Annual report on the working of the mental hospitals in the Madras Presidency - 1912-1932
Year: 1912
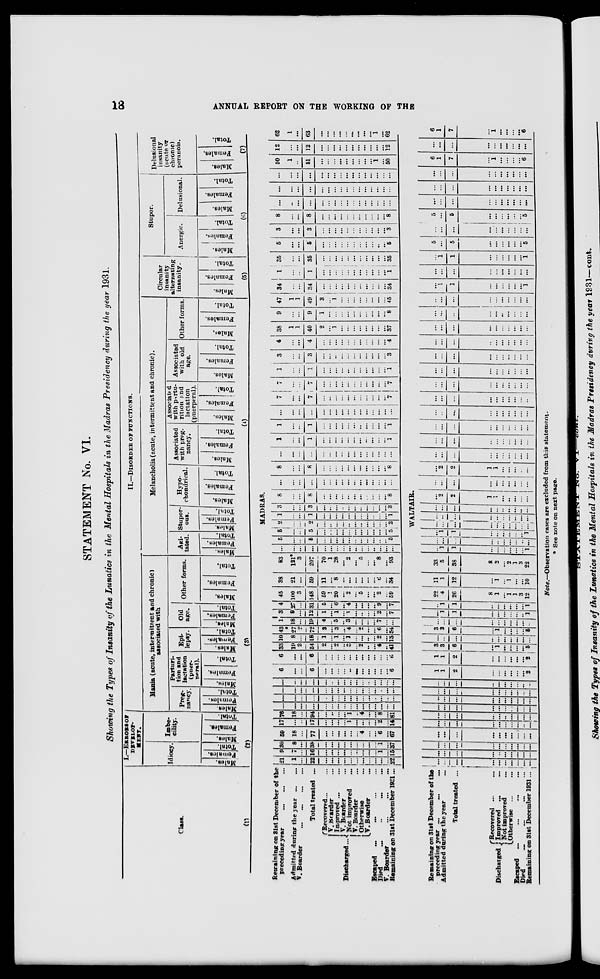
18
ANNUAL REPORT ON THE WORKING OF THE
STATEMENT No. VI.
Showing the Types of Insanity of the Lunatics in the Mental Hospitals in the Madras Presidency during the year 1931.
Class.
(1)
I.—ERRORS OF
DEVELOP-
MENT.
Idiocy.
Males.
Females.
Total.
Imbe-
cility.
Males.
Females.
Total.
(2)
II.—DISORDER
OF
FUNCTIONS.
Mania (acute, intermittent and chronic)
associated with
Preg-
nancy.
Males.
Females.
Total.
Parturi-
tion and
lactation
(puer-
peral).
Males.
Females.
Total.
Epi-
lepsy.
Males.
Females.
Total.
Old
age.
Males.
Females.
Total.
Other forms.
Males.
Females.
Total.
(3)
Melancholia (acute, intermittent and chronic).
Agi-
tated.
Males.
Females.
Total.
Stupor-
ous.
Males.
Females.
Total.
Hypo-
chondrical.
Males.
Females.
Total.
Associated
with preg-
nancy.
Males.
Females.
Total.
Associated
with partu-
rition and
lactation
(puerperal).
Males.
Females.
Total.
Associated
with old
age.
Males.
Females.
Total.
Other forms.
Males.
Females.
Total.
(4)
Circular
insanity
alternating
insanity.
Males.
Females.
Total.
(5)
Stupor.
Anergic.
Males.
Females.
Total.
Delusional.
Males.
Females.
Total.
(6)
Delusional
insanity
(acute or
chronic)
peranoia.
Males.
Females.
Total.
(7)
MADRAS.
Remaining on 31st December of the
preceding year
...
...
...
Admitted during the year ...
...
V. Boarder ... ... ... ...
Total treated ...
Discharged...
Recovered ... ...
V. Boarder ...
Improved ... ...
V. Boarder ...
Not improved ...
V. Boarder
....
Otherwise
...
V. Boarder ...
Escaped
...
...
...
...
...
Died
...
...
...
...
V. Boarder
...
...
...
Remaining on 31st December 1931...
21
1
...
22
...
...
...
...
...
...
...
...
...
...
...
22
9
7
...
16
...
...
...
...
...
...
...
...
...
1
...
15
30
8
...
38
...
...
....
...
...
...
...
...
...
1
.. .
37
59
18
...
77
...
...
...
...
...
...
4
...
...
6
...
67
17
...
...
17
...
...
...
...
1
...
...
...
...
2
...
14
76
18
...
94
...
...
...
...
1
...
4
...
...
8
...
81
...
...
...
...
...
...
...
...
...
...
...
...
...
...
...
...
...
...
...
...
...
...
...
...
...
...
...
...
...
...
...
...
...
...
...
...
...
. ..
. ..
...
...
...
...
...
...
...
...
...
...
...
...
...
...
...
...
...
...
...
...
...
...
...
...
...
6
...
...
6
...
. ..
...
...
...
...
...
...
...
. ..
. ..
6
6
...
...
6
...
...
...
...
...
...
...
. ..
...
...
...
6
33
19
2
54
2
...
2
... 2
...
2
...
...
4
..
41
10
8
...
18
1
...
1
...
1
...
...
...
...
2
...
13
43
27
2
72
3
...
3
...
4
...
2
...
...
6
. ..
54
1
18
...
19
4
...
5
...
3
...
...
...
...
7
...
...
3
9
...
12
1
...
1
...
1
...
...
...
...
2
. ..
7
4
27
...
31
5
...
6
...
4
...
...
...
...
9
...
7
45
100
3
148
59
1
20
...
2
5
...
...
2
...
59
38
21
...
59
11
. ..
8
...
...
...
...
...
...
6
...
34
83
121
3
207
70
1
28
... 2
...
5
...
...
8
...
93
...
...
...
...
...
...
...
...
...
...
...
...
...
...
...
...
5
...
...
5
...
...
...
...
...
...
...
...
...
...
...
5
5
...
...
5
...
...
....
...
...
...
...
. ..
...
. ..
. ..
5
2 ...
...
2
...
...
...
...
...
...
...
...
...
...
...
2
1
...
...
1
...
...
...
...
...
...
...
...
...
...
...
1
3
...
...
3
...
...
...
...
...
...
...
...
...
...
...
3
8
...
...
8
...
...
...
...
...
...
...
...
...
...
...
8
...
...
...
...
...
...
...
...
...
...
...
...
...
...
...
...
8
...
...
8
...
...
...
...
...
...
...
...
...
...
...
8
...
...
...
...
...
...
...
...
...
...
...
...
...
...
...
...
1
...
...
1
...
...
...
...
...
...
...
...
...
...
...
1
1
...
...
1
...
...
...
...
...
...
...
...
...
...
. ..
1
...
...
...
...
...
...
...
... ...
...
...
...
...
...
...
...
7
...
...
7
...
...
...
...
...
...
...
...
...
...
...
7
7
...
...
7
...
...
...
... ...
...
...
...
...
...
...
7
1
...
...
1
...
...
...
... ...
...
...
...
...
...
...
1
3
...
...
3
...
...
...
... ...
...
...
...
...
...
...
3
4
...
...
4
...
...
...
...
. ..
...
...
...
...
. ..
...
4
38
1
1
40
2
...
1
...
...
...
...
...
...
...
...
37
9
...
...
9
1
...
...
...
...
...
...
...
. ..
. ..
. ..
8
47
1
1
49
3
...
1
...
...
...
...
...
...
...
...
45
34
...
...
34
...
...
...
...
...
...
...
...
...
...
...
34
1
...
...
1
...
...
...
...
...
...
...
...
...
...
...
1
35
...
...
35
...
...
...
...
...
...
...
...
...
...
...
35
5
...
...
5
...
...
...
... . ..
...
...
...
...
...
...
5
3
...
...
3
...
...
...
...
...
...
...
...
...
...
...
3
8
...
...
8
...
...
...
...
...
...
...
...
...
...
...
8
...
...
...
...
...
...
...
...
...
...
...
...
...
...
...
...
...
...
...
...
...
...
...
...
...
...
...
...
...
...
...
...
...
...
...
...
...
...
...
...
...
...
...
...
...
...
...
...
50
1
...
51
...
...
...
...
...
...
...
...
...
1
...
50
12
...
...
12
...
...
...
...
...
...
...
...
...
...
...
12
62
1
...
63
...
...
...
...
...
...
...
...
...
1
...
62
WALTAIR.
Remaining on 31st December of the
preceding year
...
...
...
Admitted during the year ...
Total treated ...
Discharged.
Recovered ... ...
Improved ... ...
Not improved ...
Otherwise ... ...
Escaped
...
...
...
...
Died ... ... ... ...
Remaining on 31st December 1931 ...
...
...
...
...
...
...
...
...
...
...
...
...
...
...
...
...
...
...
...
...
...
...
...
...
...
...
...
...
...
...
...
...
...
...
...
...
...
...
...
...
...
...
...
...
...
...
...
...
...
...
...
...
...
...
...
...
...
...
...
...
...
...
...
...
...
...
...
...
...
...
...
...
...
...
...
...
...
...
...
...
...
...
...
...
...
...
...
...
...
...
...
...
...
...
...
...
...
...
...
...
1
1
2
...
...
...
...
...
...
2
1
1
2
...
. ..
...
...
...
...
2
3
3
6
...
1
...
...
...
...
5
...
...
...
...
...
...
...
...
...
...
3
3
6
...
1
...
...
...
...
5
...
...
...
...
...
...
...
...
...
...
...
1
1
...
...
...
...
...
...
1
...
1
1
...
...
...
...
...
...
1
22
4
26
8
1
...
1
1
3
12
11
1
12
...
1
...
1
...
...
10
33
5
38
8
2
...
2
1
3
22
...
1
1
...
...
...
...
...
...
1
...
...
...
...
...
...
...
...
...
...
...
1
1
...
...
...
...
...
...
1
...
...
...
...
...
...
...
...
...
...
...
...
...
...
...
...
...
...
...
...
...
...
...
...
...
..
...
...
..
...
...
2
2
1
1
...
...
...
...
...
...
...
...
...
...
...
...
...
...
...
2
2
1
1
...
...
...
...
...
...
...
...
...
...
...
...
...
...
...
...
...
...
...
...
...
. ..
...
...
...
...
...
...
...
...
...
...
...
...
...
..
...
...
...
...
...
...
...
...
...
...
...
...
...
...
...
...
...
...
...
...
...
...
...
...
...
...
...
...
...
...
...
...
...
...
...
...
...
...
...
...
...
...
...
...
...
...
...
...
...
...
...
...
...
...
...
...
...
...
...
...
...
...
. ..
...
...
...
...
...
...
...
...
...
...
...
...
...
...
...
...
...
...
...
...
...
...
...
...
...
...
1
1
...
...
...
...
...
...
1
...
...
...
...
...
...
...
...
...
...
...
1
1
...
...
...
...
...
...
1
5
...
5
...
...
...
...
...
...
5
...
...
...
...
...
...
...
...
...
...
5
...
5
...
...
...
...
...
...
5
...
...
...
...
...
...
...
...
...
...
...
...
...
...
...
. ..
...
...
...
...
...
...
...
...
...
...
...
...
...
...
6
1
7
...
1
...
...
...
. ..
6
...
...
...
...
...
...
...
...
...
...
6
1
7
...
1
...
...
...
...
6
Note.—Observation cases are excluded from this statement.
* See note on next page.